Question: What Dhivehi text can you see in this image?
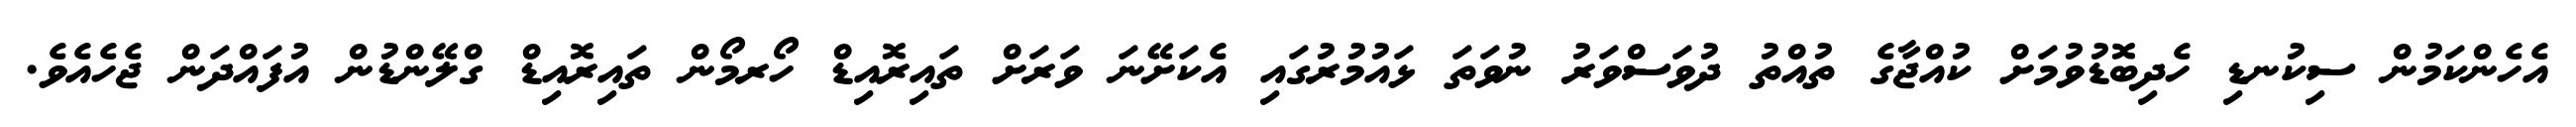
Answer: އެހެންކަމުން ސިކުނޑި ހެދިބޮޑުވުމަށް ކުއްޖާގެ ތުއްތު ދުވަސްވަރު ނުވަތަ ޅައުމުރުގައި އެކަށޭނަ ވަރަށް ތައިރޮއިޑް ހޯރމޯން ތައިރޮއިޑް ގްލޭންޑުން އުފައްދަން ޖެހެއެވެ.